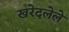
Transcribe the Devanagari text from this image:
खरेदलेले